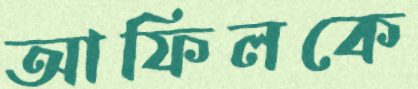
আফিলকে